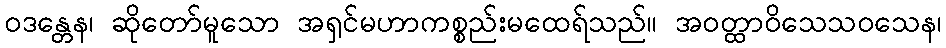
ဝဒန္တေန၊ ဆိုတော်မူသော အရှင်မဟာကစ္စည်းမထေရ်သည်။ အဝတ္ထာဝိသေသဝသေန၊